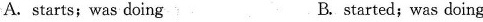
A.starts; was doing B. started; was doing